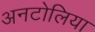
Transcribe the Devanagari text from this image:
अनटोलिया